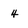
Character: 4